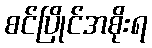
စင်ပြိုင်အစိုးရ